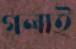
গলাই